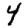
Digit: 4